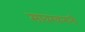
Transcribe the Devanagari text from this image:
सावरकरानी